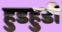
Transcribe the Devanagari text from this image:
हुडहुडी